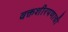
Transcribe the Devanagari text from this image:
वक्तशीरपणाची